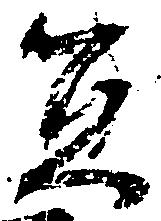
宜